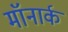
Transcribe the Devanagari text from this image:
मॉनार्क